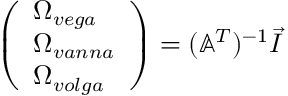
{ \left( \begin{array} { l } { \Omega _ { v e g a } } \\ { \Omega _ { v a n n a } } \\ { \Omega _ { v o l g a } } \end{array} \right) } = ( \mathbb { A } ^ { T } ) ^ { - 1 } { \vec { I } }